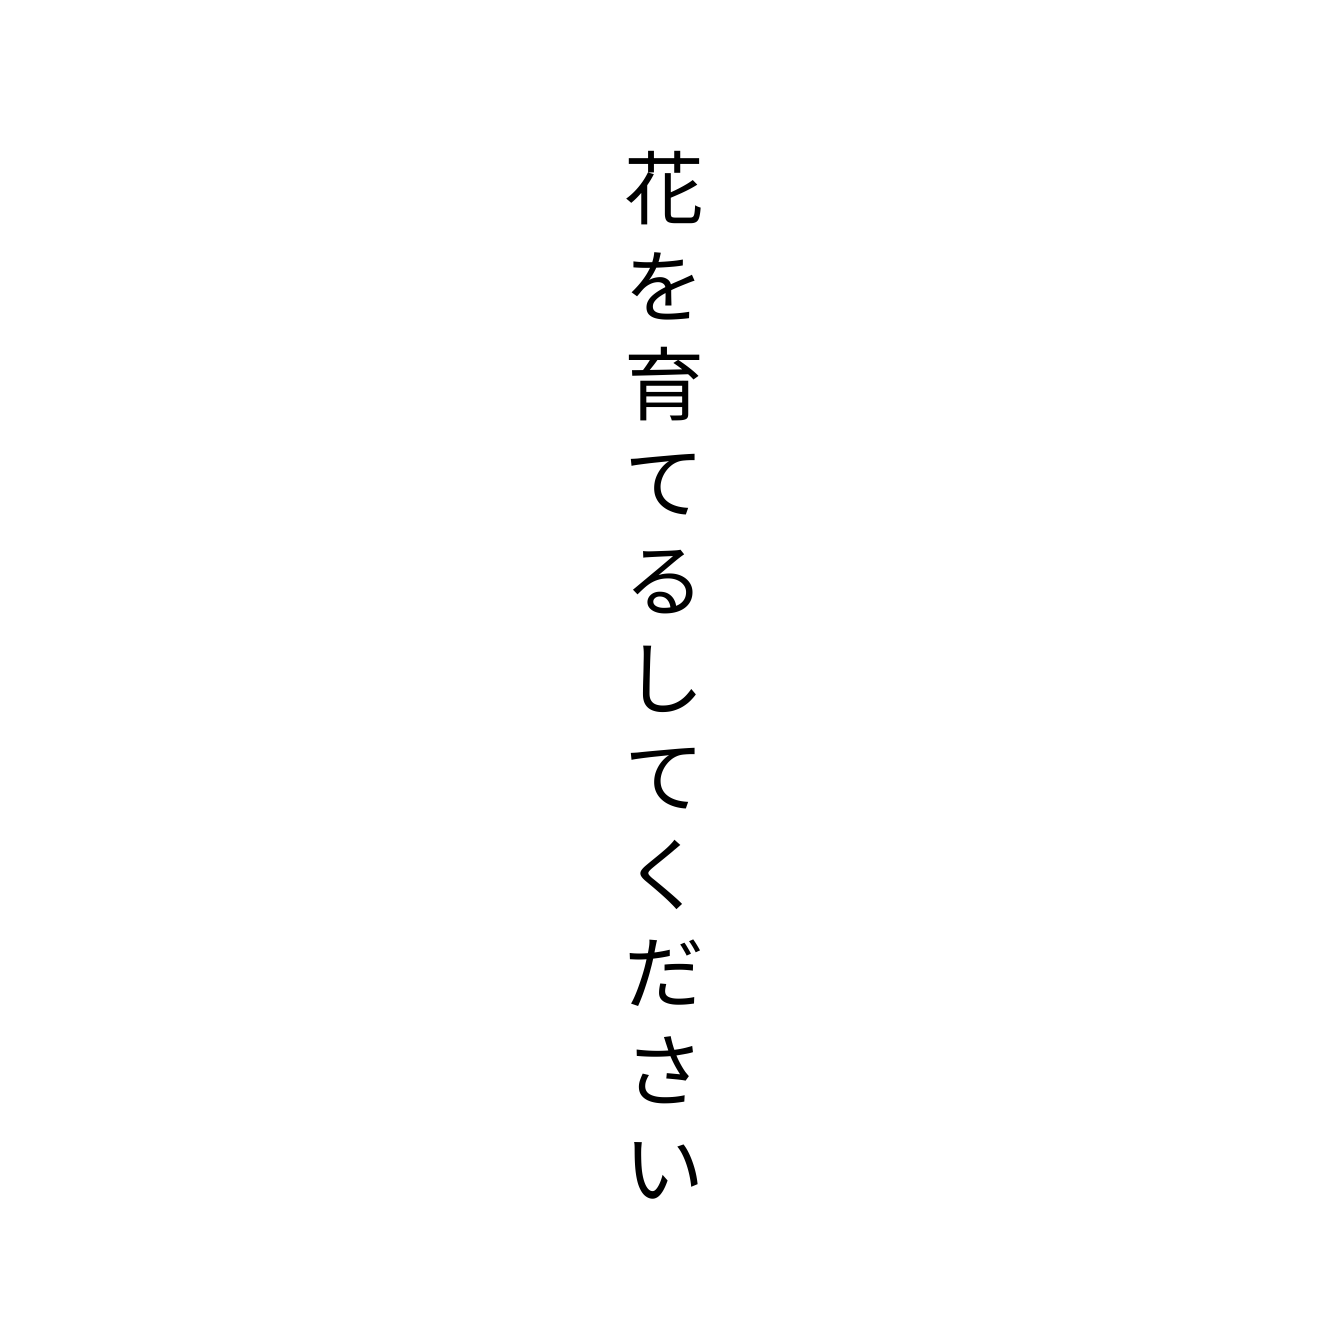
花を育てるしてください